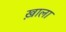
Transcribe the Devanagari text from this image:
ख़ाला